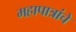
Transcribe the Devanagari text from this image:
महापात्रांचे